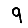
Digit: 9